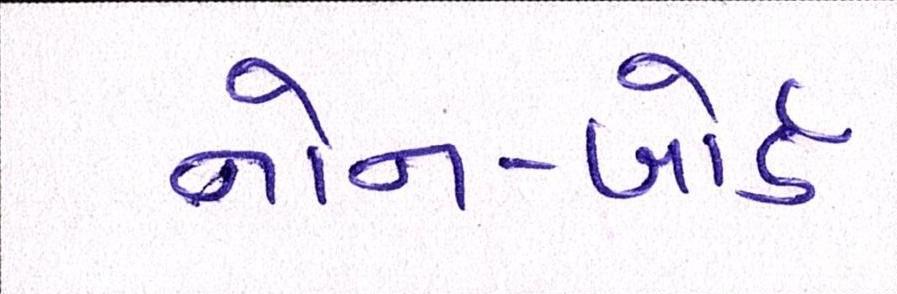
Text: નોન-બોર્ડ